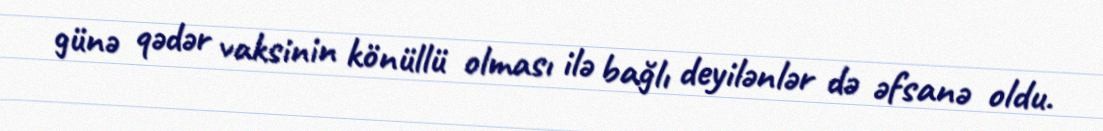
günə qədər vaksinin könüllü olması ilə bağlı deyilənlər də əfsanə oldu.